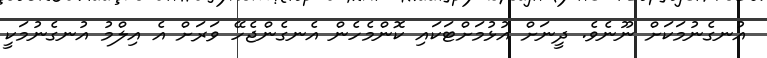
އުނގެނުމަކަށް ނޫނެވެ. ދީނަށް އުޅުމަށްޓަކައި ކޮންމެހެން އެނގެންޖެހޭ ވަރަށް އެ އިލްމު އުނގެނުމަކީ